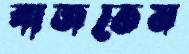
বাজতেম